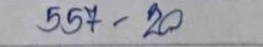
557 - 20